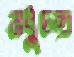
মধুচন্দ্র